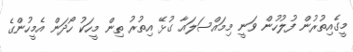
މީގެއިތުރުން ފުލުހުން ވަނީ މިމައްސަލައާ ގުޅޭ އިތުރު ތިން މީހަކު ހޯދަން އެމީހުންގެ